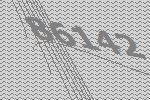
86142